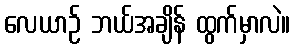
လေယာဉ် ဘယ်အချိန် ထွက်မှာလဲ။